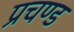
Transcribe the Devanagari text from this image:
प्रचण्‍ड